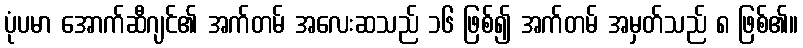
ပုံပမာ အောက်ဆီဂျင်၏ အက်တမ် အလေးဆသည် ၁၆ ဖြစ်၍ အက်တမ် အမှတ်သည် ၈ ဖြစ်၏။